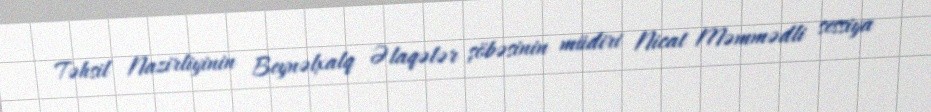
Təhsil Nazirliyinin Beynəlxalq Əlaqələr şöbəsinin müdiri Nicat Məmmədli sessiya